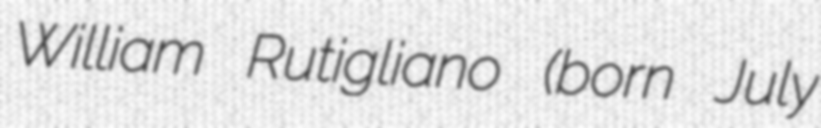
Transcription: William Rutigliano (born July